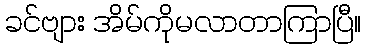
ခင်ဗျား အိမ်ကိုမလာတာကြာပြီ။